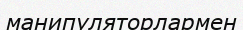
манипуляторлармен